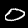
Label: 0